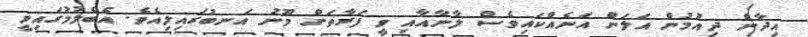
އިދާން ދިއުމުން އަލަން އަނެއްކައިވެސް ލާނާއާއި ވީ ފަރާތަށް މޫނު އަނބުރައިލިއެވެ. އެބެލުމުގައިވީ